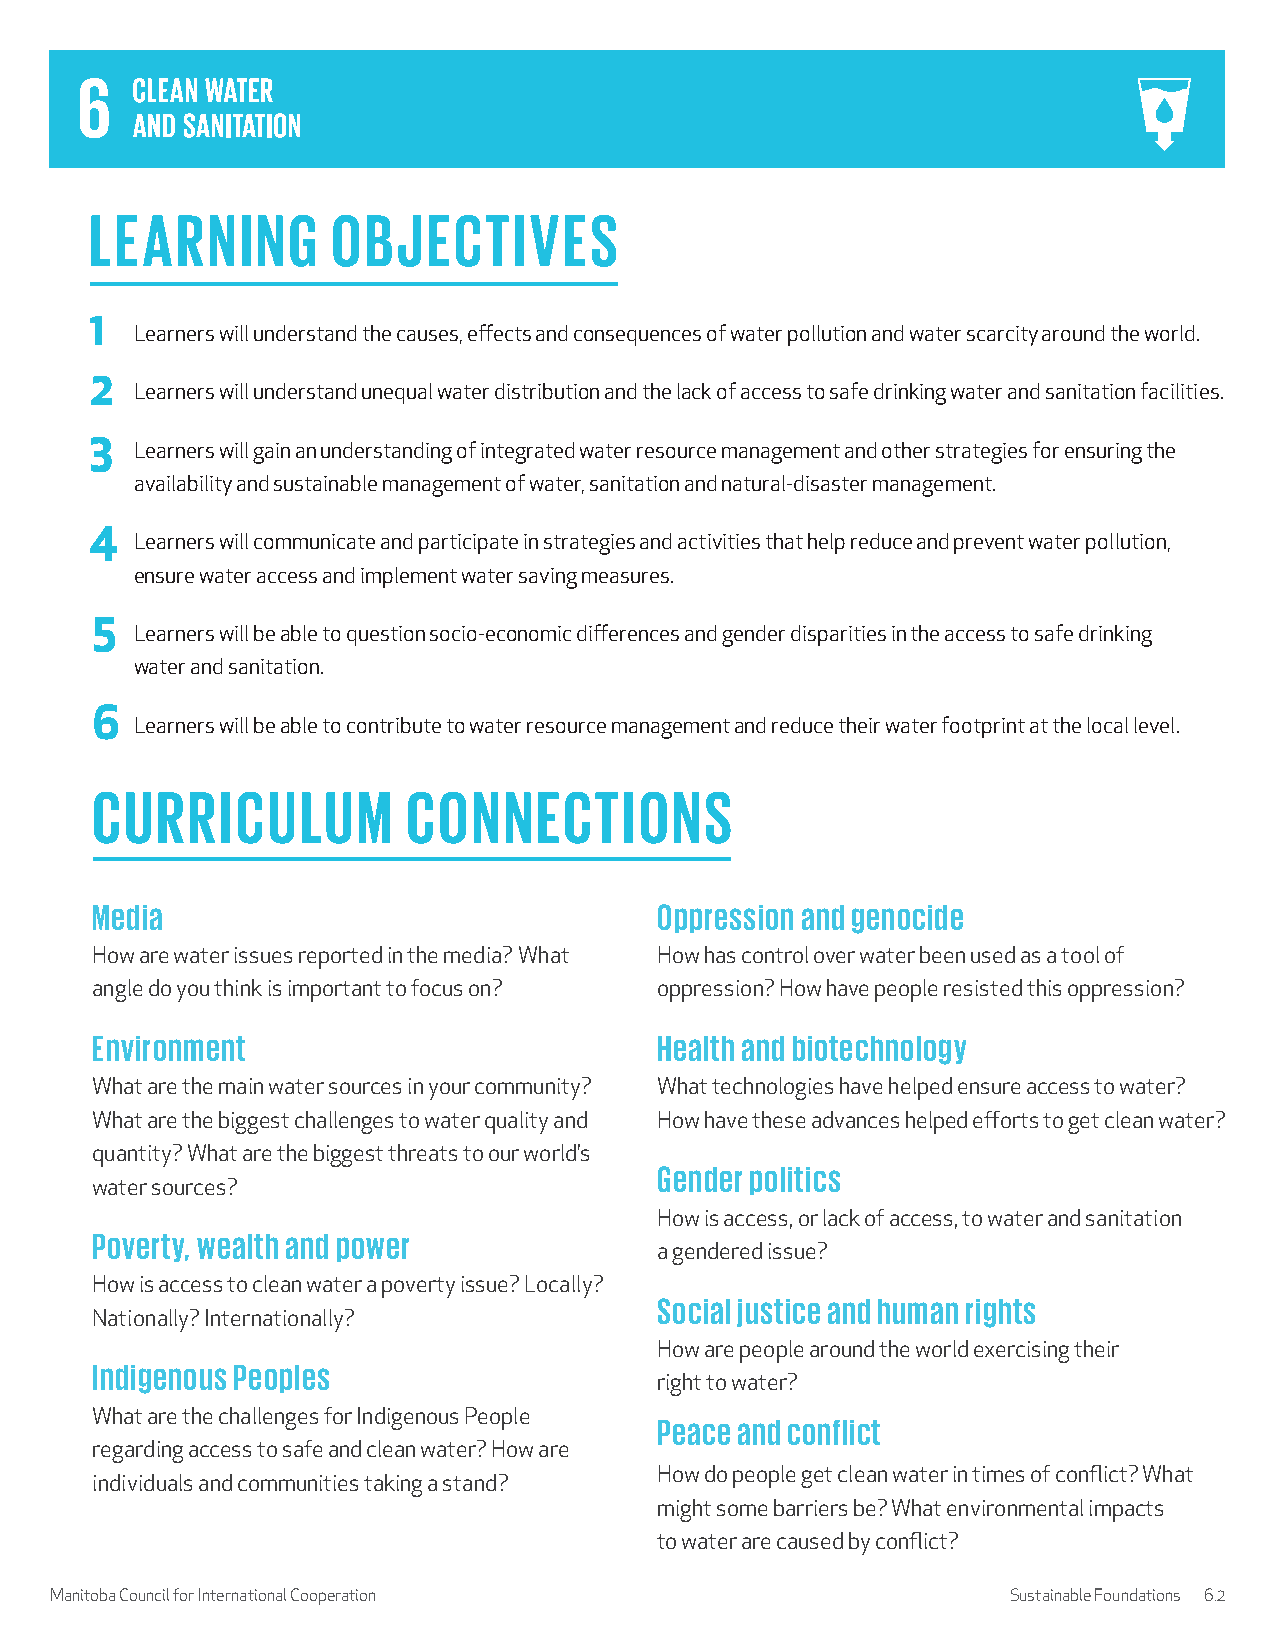
LEARNING        OBJECTIVES
 1
 Learners will understand the causes, effects and consequences of water pollution and water scarcity around the world.
 2
 Learners will understand unequal water distribution and the lack of access to safe drinking water and sanitation facilities.
 3
 Learners will gain an understanding of integrated water resource management and other strategies for ensuring the
 availability and sustainable management of water, sanitation and natural-disaster management.
 4
 Learners will communicate and participate in strategies and activities that help reduce and prevent water pollution,
 ensure water access and implement water saving measures.
 5
 Learners will be able to question socio-economic differences and gender disparities in the access to safe drinking
 water and sanitation.
 6
 Learners will be able to contribute to water resource management and reduce their water footprint at the local level.
 CURRICULUM           CONNECTIONS
 Media                                 Oppression and genocide
 How are water issues reported in the media? What How has control over water been used as a tool of
 angle do you think is important to focus on? oppression? How have people resisted this oppression?
 Environment                           Health and biotechnology
 What are the main water sources in your community? What technologies have helped ensure access to water?
 What are the biggest challenges to water quality and How have these advances helped efforts to get clean water?
 quantity? What are the biggest threats to our world’s
 Gender politics
 water sources?
 How is access, or lack of access, to water and sanitation
 Poverty, wealth and power
 a gendered issue?
 How is access to clean water a poverty issue? Locally?
 Social justice and human rights
 Nationally? Internationally?
 How are people around the world exercising their
 Indigenous Peoples
 right to water?
 What are the challenges for Indigenous People Peace and conflict
 regarding access to safe and clean water? How are
 How do people get clean water in times of conflict? What
 individuals and communities taking a stand?
 might some barriers be? What environmental impacts
 to water are caused by conflict?
 Manitoba Council for International Cooperation                  Sustainable Foundations 6.2